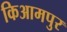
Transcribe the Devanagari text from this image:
किआमपुर